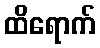
ထိရောက်